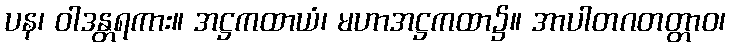
ပန၊ ဝါဒန္တရကား။ အဋ္ဌကထာယံ၊ မဟာအဋ္ဌကထာ၌။ အာပါတဂတတ္တာဝ၊